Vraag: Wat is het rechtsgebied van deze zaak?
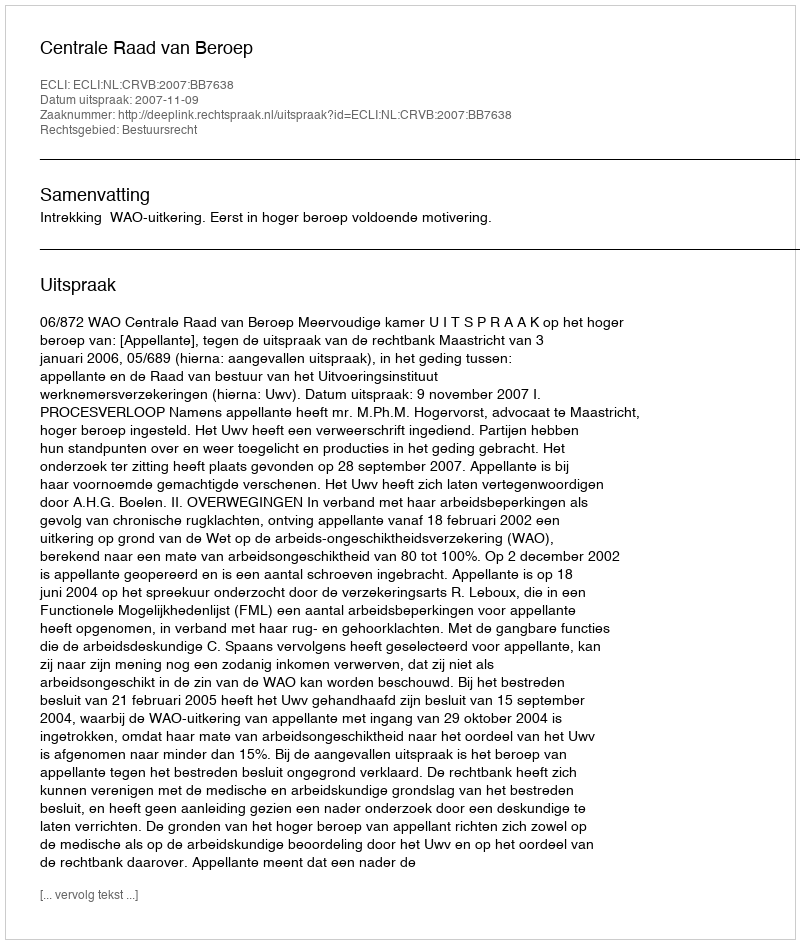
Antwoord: Bestuursrecht